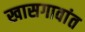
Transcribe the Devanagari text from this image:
खासगावांत